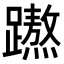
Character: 𮜡